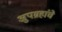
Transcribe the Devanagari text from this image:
अुपग्रहांचे